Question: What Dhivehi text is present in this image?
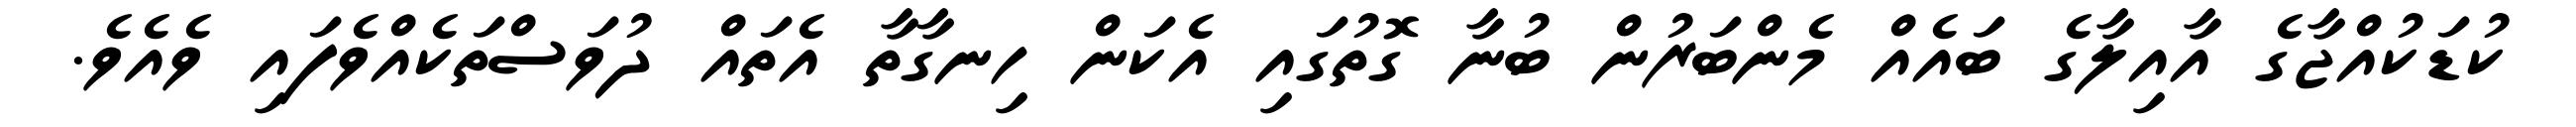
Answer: ކުޑަކުއްޖާގެ އާއިލާގެ ބައެއް މެންބަރުން ބުނާ ގޮތުގައި އެކަން ހިނގާތާ އެތައް ދުވަސްތަކެއްވެފައި ވެއެވެ.